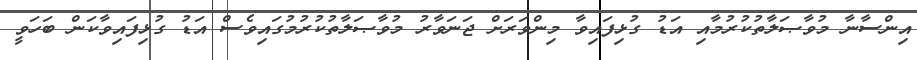
އިންސާނާ މުވާޞަލާތުކުރުމާއި އަޑު ގުޅިފައިވާ މިންވަރަށް ޖަނަވާރު މުވާޞަލާތުކުރުމުގައިވެސް އަޑު ގުޅިފައިވާކަން ބަހަވީ